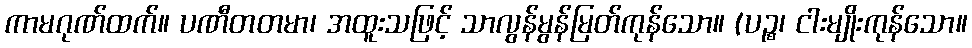
ကာမဂုဏ်ထက်။ ပဏီတတမာ၊ အထူးသဖြင့် သာလွန်မွန်မြတ်ကုန်သော။ (ပဉ္စ၊ ငါးမျိုးကုန်သော။